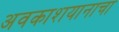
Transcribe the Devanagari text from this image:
अवकाशयानाचा